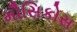
મૌસિકોસ